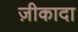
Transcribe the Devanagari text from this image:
ज़ीकादा